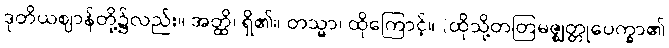
ဒုတိယဈာန်တို့၌လည်း။ အတ္ထိ၊ ရှိ၏။ တသ္မာ၊ ထိုကြောင့်။ (ထိုသို့တတြမဇ္ဈတ္တုပေက္ခာ၏